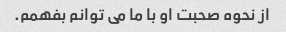
از نحوه صحبت او با ما می توانم بفهمم.